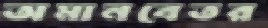
অমানবেতর